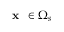
\textbf { x } \in \Omega _ { s }